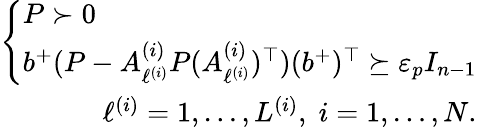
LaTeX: \begin{array}{r}{\left\{ \begin{array}{l}{P\succ 0}\\ {b^{+}(P-A_{\ell^{(i)}}^{(i)}P(A_{\ell^{(i)}}^{(i)})^{\top})(b^{+})^{\top}\succeq\varepsilon_{p}I_{n-1}}\end{array}\right.}\\ {\ell^{(i)}=1,\dots,L^{(i)},\; i=1,\dots,N.}\end{array}